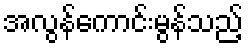
အလွန်ကောင်းမွန်သည့်